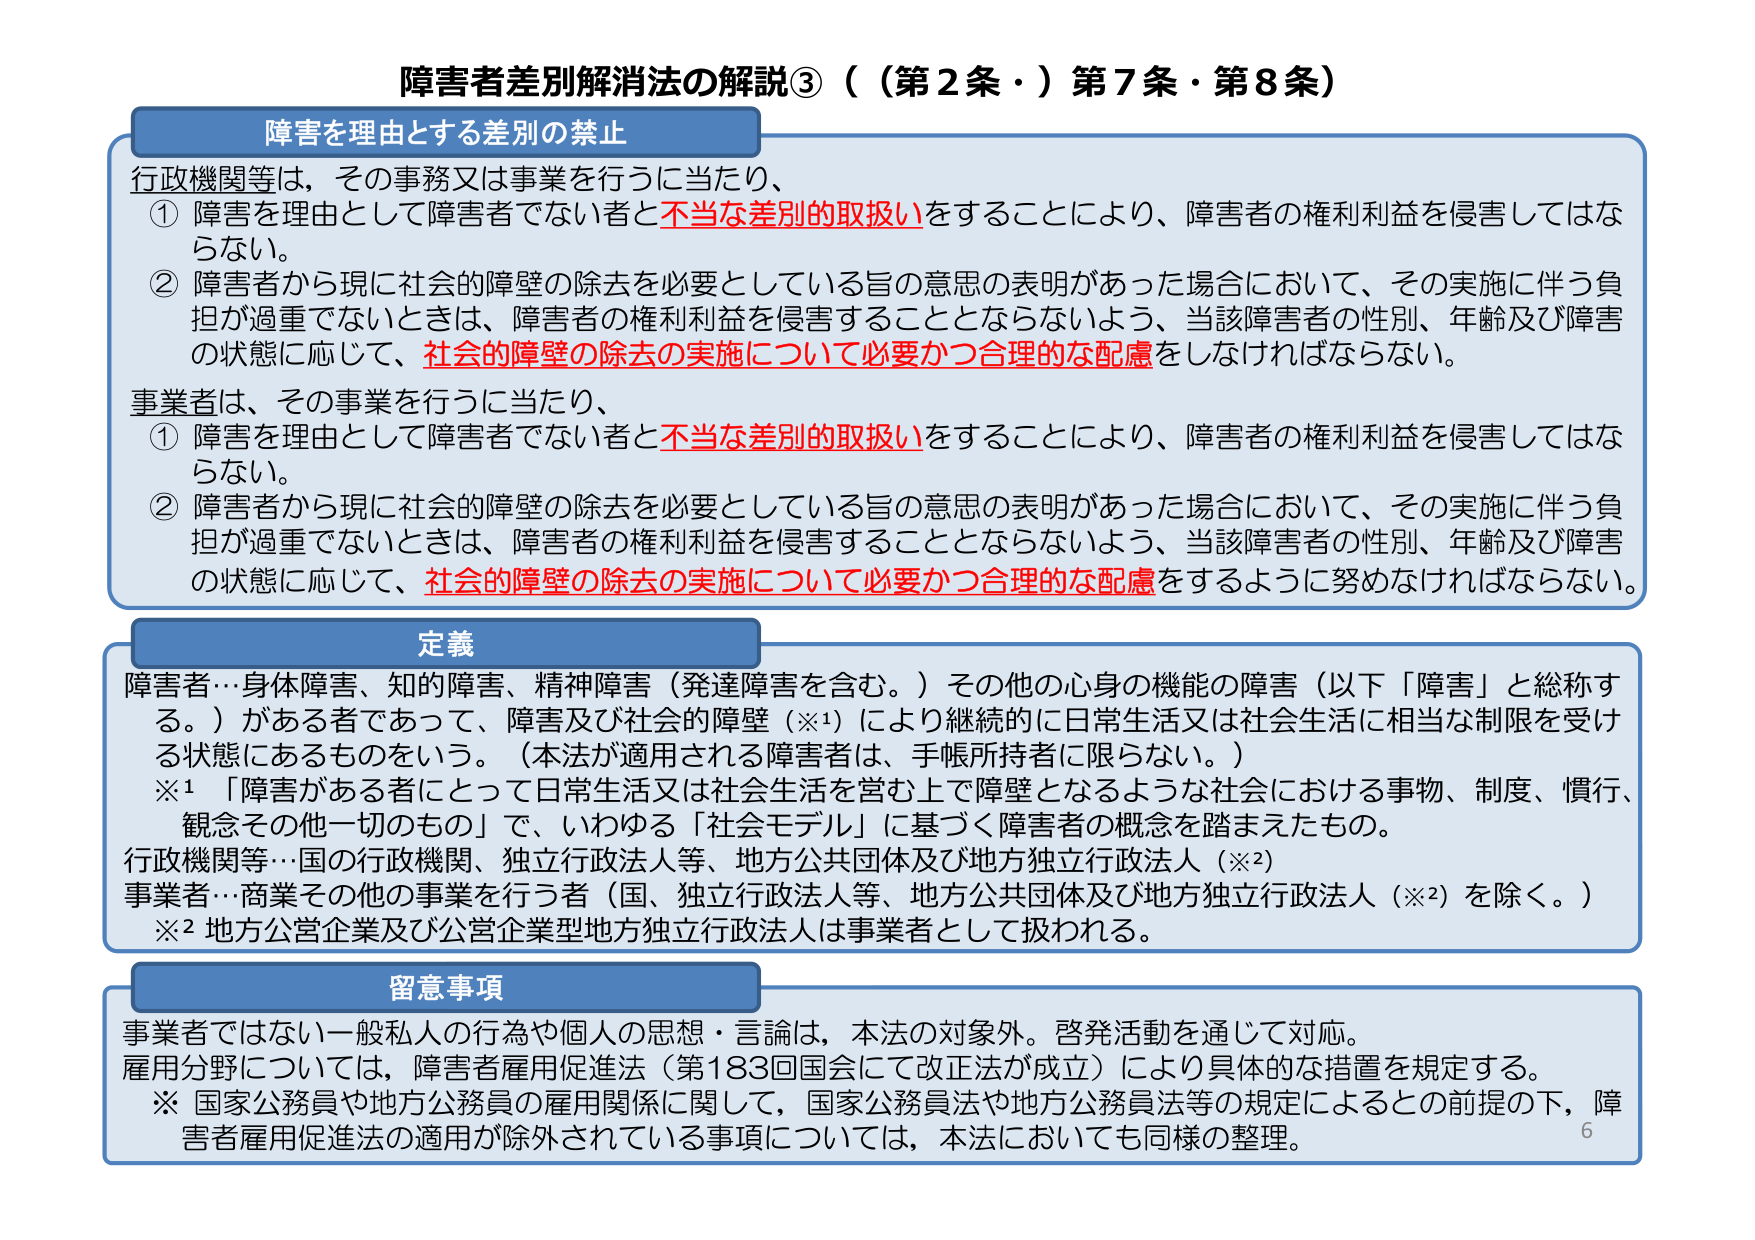
障害者差別解消法の解説③（（第2条・）第7条・第8条）

障害を理由とする差別の禁止

行政機関等は、その事務又は事業を行うに当たり、
① 障害を理由として障害者でない者と不適当な差別的取扱いをすることにより、障害者の権利利益を侵害してはならない。
② 障害者から現に社会的障壁の除去を必要としている旨の意思の表明があった場合において、その実施に伴う負担が過重でないときは、障害者の権利利益を侵害することとならないよう、当該障害者の性別、年齢及び障害の状態に応じて、社会的障壁の除去の実施について必要かつ合理的な配慮をしなければならない。

事業者は、その事業を行うに当たり、
① 障害を理由として障害者でない者と不適当な差別的取扱いをすることにより、障害者の権利利益を侵害してはならない。
② 障害者から現に社会的障壁の除去を必要としている旨の意思の表明があった場合において、その実施に伴う負担が過重でないときは、障害者の権利利益を侵害することとならないよう、当該障害者の性別、年齢及び障害の状態に応じて、社会的障壁の除去の実施について必要かつ合理的な配慮をするように努めなければならない。

定義

障害者…身体障害、知的障害、精神障害（発達障害を含む。）その他の心身の機能の障害（以下「障害」と総称する。）がある者であって、障害及び社会的障壁（※1）により継続的に日常生活又は社会生活に相当な制限を受ける状態にあるものをいう。（本法が適用される障害者は、手帳所持者に限らない。）
※1 「障害がある者にとって日常生活又は社会生活を営む上で障壁となるような社会における事物、制度、慣行、観念その他一切のもの」で、いわゆる「社会モデル」に基づく障害者の概念を踏まえたもの。
行政機関等…国の行政機関、独立行政法人等、地方公共団体及び地方独立行政法人（※2）
事業者…商業その他の事業を行う者（国、独立行政法人等、地方公共団体及び地方独立行政法人（※2）を除く。）
※2 地方公営企業及び公営企業型地方独立行政法人は事業者として扱われる。

留意事項

事業者ではない一般私人の行為や個人の思想・言論は、本法の対象外。啓発活動を通じて対応。
雇用分野については、障害者雇用促進法（第183回国会にて改正法が成立）により具体的な措置を規定する。
※ 国家公務員や地方公務員の雇用関係に関して、国家公務員法や地方公務員法等の規定によるとの前提の下、障害者雇用促進法の適用が除外されている事項については、本法においても同様の整理。

6